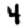
Digit: 4